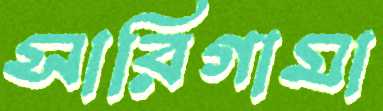
সারিগামা